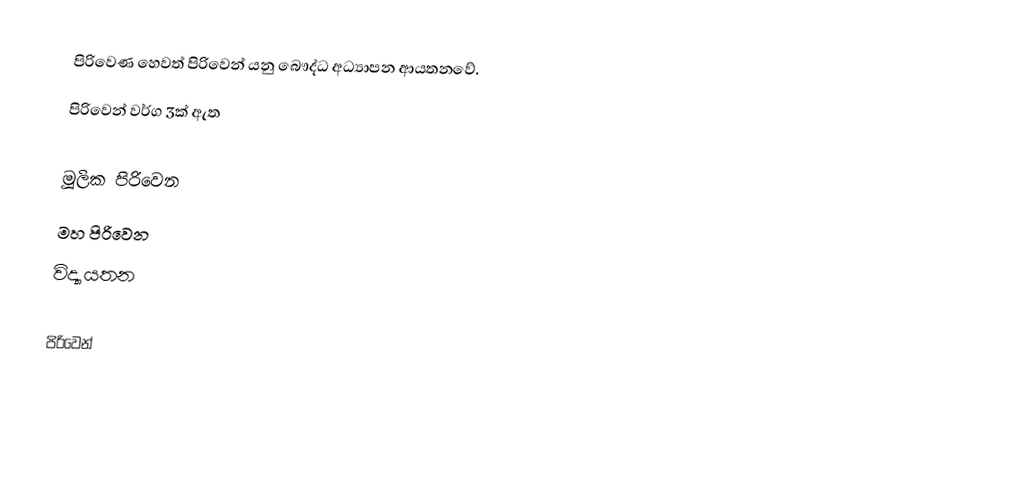
පිරිවෙණ හෙවත් පිරිවෙන් යනු බෞද්ධ අධ්‍යාපන ආයතනවේ.
පිරිවෙන් වර්ග 3ක් ඇත

 මූලික පිරිවෙන
 මහ පිරිවෙන
 විද්‍යායතන

පිරිවෙන්